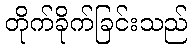
တိုက်ခိုက်ခြင်းသည်